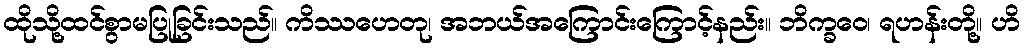
ထိုသို့ထင်စွာမပြုခြင်းသည်။ ကိဿဟေတု၊ အဘယ်အကြောင်းကြောင့်နည်း။ ဘိက္ခဝေ၊ ရဟန်းတို့။ ဟိ